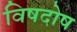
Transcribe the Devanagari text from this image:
विषदोष